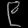
Digit: ၉